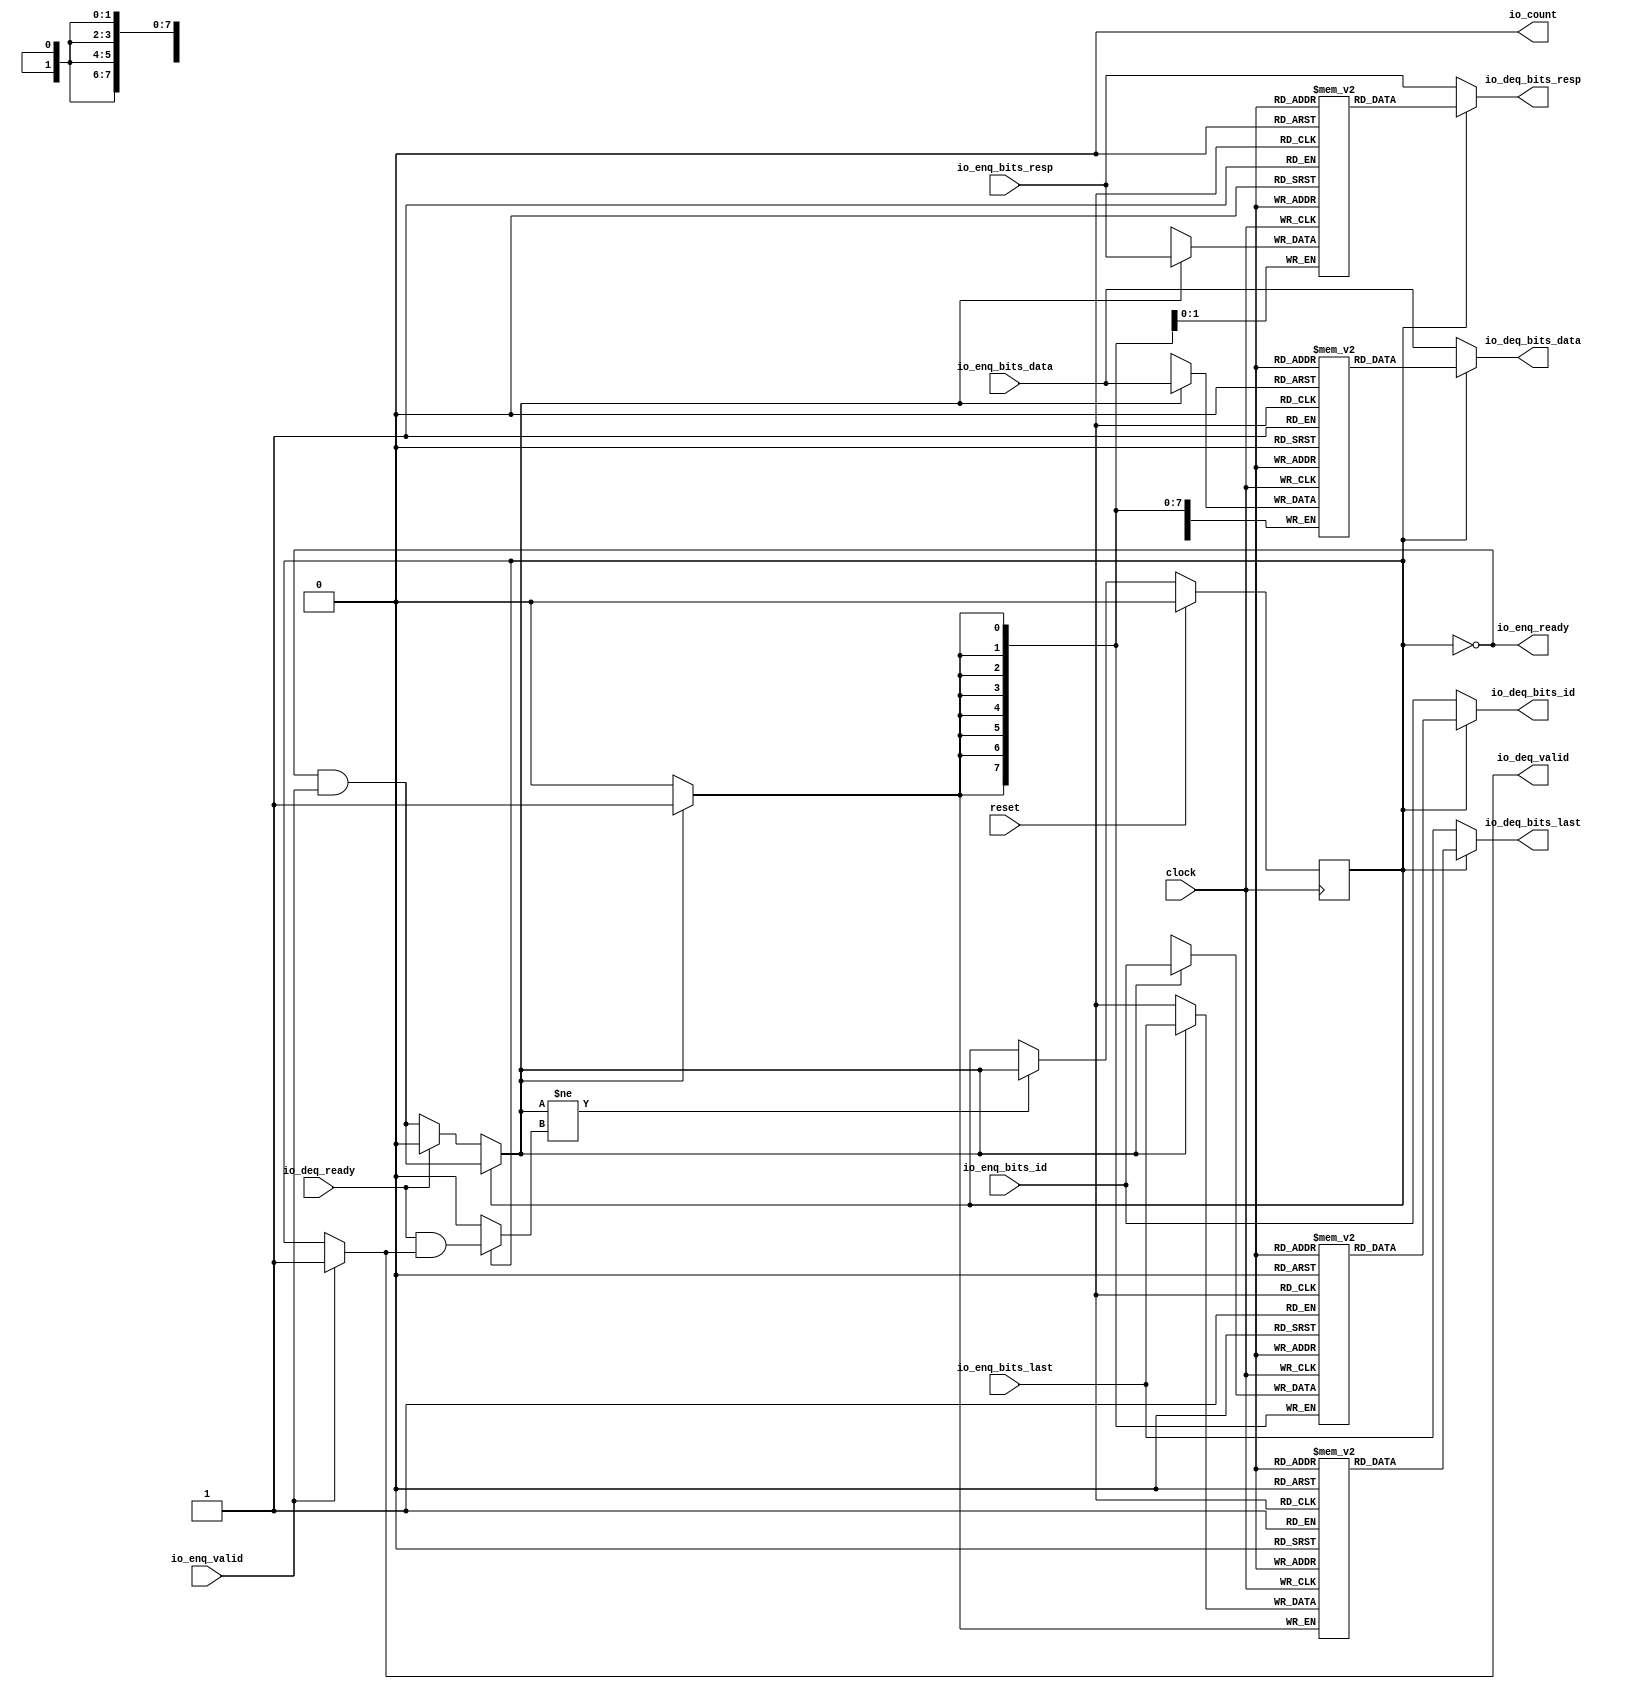
module Queue_26(
  input   clock,
  input   reset,
  output  io_enq_ready,
  input   io_enq_valid,
  input  [7:0] io_enq_bits_id,
  input  [63:0] io_enq_bits_data,
  input  [1:0] io_enq_bits_resp,
  input   io_enq_bits_last,
  input   io_deq_ready,
  output  io_deq_valid,
  output [7:0] io_deq_bits_id,
  output [63:0] io_deq_bits_data,
  output [1:0] io_deq_bits_resp,
  output  io_deq_bits_last,
  output  io_count
);
  reg [7:0] ram_id [0:0];
  reg [31:0] _GEN_0;
  wire [7:0] ram_id__T_78_data;
  wire  ram_id__T_78_addr;
  wire [7:0] ram_id__T_65_data;
  wire  ram_id__T_65_addr;
  wire  ram_id__T_65_mask;
  wire  ram_id__T_65_en;
  reg [63:0] ram_data [0:0];
  reg [63:0] _GEN_1;
  wire [63:0] ram_data__T_78_data;
  wire  ram_data__T_78_addr;
  wire [63:0] ram_data__T_65_data;
  wire  ram_data__T_65_addr;
  wire  ram_data__T_65_mask;
  wire  ram_data__T_65_en;
  reg [1:0] ram_resp [0:0];
  reg [31:0] _GEN_2;
  wire [1:0] ram_resp__T_78_data;
  wire  ram_resp__T_78_addr;
  wire [1:0] ram_resp__T_65_data;
  wire  ram_resp__T_65_addr;
  wire  ram_resp__T_65_mask;
  wire  ram_resp__T_65_en;
  reg  ram_last [0:0];
  reg [31:0] _GEN_3;
  wire  ram_last__T_78_data;
  wire  ram_last__T_78_addr;
  wire  ram_last__T_65_data;
  wire  ram_last__T_65_addr;
  wire  ram_last__T_65_mask;
  wire  ram_last__T_65_en;
  reg  maybe_full;
  reg [31:0] _GEN_4;
  wire  _T_59;
  wire  _T_62;
  wire  do_enq;
  wire  _T_63;
  wire  do_deq;
  wire  _T_72;
  wire  _GEN_7;
  wire  _T_74;
  wire  _GEN_8;
  wire  _GEN_9;
  wire [7:0] _GEN_10;
  wire [63:0] _GEN_11;
  wire [1:0] _GEN_12;
  wire  _GEN_13;
  wire  _GEN_14;
  wire  _GEN_15;
  wire [1:0] _T_86;
  wire  _T_87;
  wire [1:0] _T_89;
  assign io_enq_ready = _T_59;
  assign io_deq_valid = _GEN_8;
  assign io_deq_bits_id = _GEN_10;
  assign io_deq_bits_data = _GEN_11;
  assign io_deq_bits_resp = _GEN_12;
  assign io_deq_bits_last = _GEN_13;
  assign io_count = _T_89[0];
  assign ram_id__T_78_addr = 1'h0;
  assign ram_id__T_78_data = ram_id[ram_id__T_78_addr];
  assign ram_id__T_65_data = io_enq_bits_id;
  assign ram_id__T_65_addr = 1'h0;
  assign ram_id__T_65_mask = do_enq;
  assign ram_id__T_65_en = do_enq;
  assign ram_data__T_78_addr = 1'h0;
  assign ram_data__T_78_data = ram_data[ram_data__T_78_addr];
  assign ram_data__T_65_data = io_enq_bits_data;
  assign ram_data__T_65_addr = 1'h0;
  assign ram_data__T_65_mask = do_enq;
  assign ram_data__T_65_en = do_enq;
  assign ram_resp__T_78_addr = 1'h0;
  assign ram_resp__T_78_data = ram_resp[ram_resp__T_78_addr];
  assign ram_resp__T_65_data = io_enq_bits_resp;
  assign ram_resp__T_65_addr = 1'h0;
  assign ram_resp__T_65_mask = do_enq;
  assign ram_resp__T_65_en = do_enq;
  assign ram_last__T_78_addr = 1'h0;
  assign ram_last__T_78_data = ram_last[ram_last__T_78_addr];
  assign ram_last__T_65_data = io_enq_bits_last;
  assign ram_last__T_65_addr = 1'h0;
  assign ram_last__T_65_mask = do_enq;
  assign ram_last__T_65_en = do_enq;
  assign _T_59 = maybe_full == 1'h0;
  assign _T_62 = io_enq_ready & io_enq_valid;
  assign do_enq = _GEN_15;
  assign _T_63 = io_deq_ready & io_deq_valid;
  assign do_deq = _GEN_14;
  assign _T_72 = do_enq != do_deq;
  assign _GEN_7 = _T_72 ? do_enq : maybe_full;
  assign _T_74 = _T_59 == 1'h0;
  assign _GEN_8 = io_enq_valid ? 1'h1 : _T_74;
  assign _GEN_9 = io_deq_ready ? 1'h0 : _T_62;
  assign _GEN_10 = _T_59 ? io_enq_bits_id : ram_id__T_78_data;
  assign _GEN_11 = _T_59 ? io_enq_bits_data : ram_data__T_78_data;
  assign _GEN_12 = _T_59 ? io_enq_bits_resp : ram_resp__T_78_data;
  assign _GEN_13 = _T_59 ? io_enq_bits_last : ram_last__T_78_data;
  assign _GEN_14 = _T_59 ? 1'h0 : _T_63;
  assign _GEN_15 = _T_59 ? _GEN_9 : _T_62;
  assign _T_86 = 1'h0 - 1'h0;
  assign _T_87 = _T_86[0:0];
  assign _T_89 = {maybe_full,_T_87};
`ifdef RANDOMIZE
  integer initvar;
  initial begin
    `ifndef verilator
      #0.002 begin end
    `endif
  _GEN_0 = {1{$random}};
  `ifdef RANDOMIZE_MEM_INIT
  for (initvar = 0; initvar < 1; initvar = initvar+1)
    ram_id[initvar] = _GEN_0[7:0];
  `endif
  _GEN_1 = {2{$random}};
  `ifdef RANDOMIZE_MEM_INIT
  for (initvar = 0; initvar < 1; initvar = initvar+1)
    ram_data[initvar] = _GEN_1[63:0];
  `endif
  _GEN_2 = {1{$random}};
  `ifdef RANDOMIZE_MEM_INIT
  for (initvar = 0; initvar < 1; initvar = initvar+1)
    ram_resp[initvar] = _GEN_2[1:0];
  `endif
  _GEN_3 = {1{$random}};
  `ifdef RANDOMIZE_MEM_INIT
  for (initvar = 0; initvar < 1; initvar = initvar+1)
    ram_last[initvar] = _GEN_3[0:0];
  `endif
  `ifdef RANDOMIZE_REG_INIT
  _GEN_4 = {1{$random}};
  maybe_full = _GEN_4[0:0];
  `endif
  end
`endif
  always @(posedge clock) begin
    if(ram_id__T_65_en & ram_id__T_65_mask) begin
      ram_id[ram_id__T_65_addr] <= ram_id__T_65_data;
    end
    if(ram_data__T_65_en & ram_data__T_65_mask) begin
      ram_data[ram_data__T_65_addr] <= ram_data__T_65_data;
    end
    if(ram_resp__T_65_en & ram_resp__T_65_mask) begin
      ram_resp[ram_resp__T_65_addr] <= ram_resp__T_65_data;
    end
    if(ram_last__T_65_en & ram_last__T_65_mask) begin
      ram_last[ram_last__T_65_addr] <= ram_last__T_65_data;
    end
    if (reset) begin
      maybe_full <= 1'h0;
    end else begin
      if (_T_72) begin
        maybe_full <= do_enq;
      end
    end
  end
endmodule